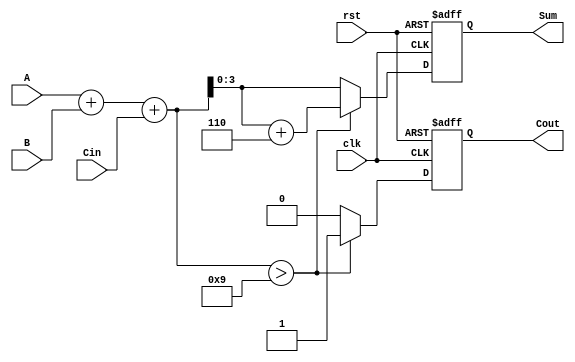
module BCD_Synchronous_Adder (
    input wire [3:0] A,      // First BCD digit
    input wire [3:0] B,      // Second BCD digit
    input wire Cin,          // Carry-in
    input wire clk,          // Clock signal
    input wire rst,          // Reset signal
    output reg [3:0] Sum,    // BCD sum
    output reg Cout          // Carry-out
);

    reg [4:0] Intermediate_Sum; // 5-bit to hold the intermediate sum

    always @(posedge clk or posedge rst) begin
        if (rst) begin
            Sum <= 4'b0000;   // Initialize sum to 0
            Cout <= 1'b0;     // Initialize carry-out to 0
        end else begin
            // Step 1: Perform binary addition of A, B, and Cin
            Intermediate_Sum = A + B + Cin;

            // Step 2: Check for BCD correction
            if (Intermediate_Sum > 5'b01001) begin
                Intermediate_Sum = Intermediate_Sum + 5'b00110; // Add 6 (0110)
                Cout <= 1'b1; // Set carry-out if correction is needed
            end else begin
                Cout <= 1'b0; // No carry-out if no correction is needed
            end

            // Step 3: Assign the lower 4 bits of the result to Sum
            Sum <= Intermediate_Sum[3:0];
        end
    end

endmodule